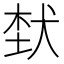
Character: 𤞷